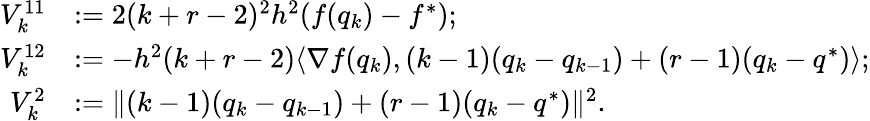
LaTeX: \begin{array}{rl}{V_{k}^{11}}&{:=2(k+r-2)^{2}h^{2}(f(q_{k})-f^{*});}\\ {V_{k}^{12}}&{:=-h^{2}(k+r-2)\langle\nabla f(q_{k}),(k-1)(q_{k}-q_{k-1})+(r-1)(q_{k}-q^{*})\rangle;}\\ {V_{k}^{2}}&{:=\| (k-1)(q_{k}-q_{k-1})+(r-1)(q_{k}-q^{*})\| ^{2}.}\end{array}